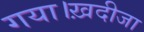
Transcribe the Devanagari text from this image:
गया।ख़दीजा